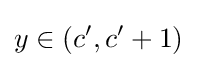
y\in (c',c'+1)